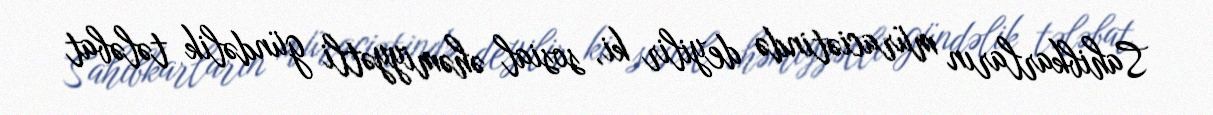
Sahibkarların müraciətində deyilir ki, sosial əhəmiyyətli gündəlik tələbat